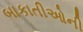
બાકાતીઓની